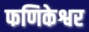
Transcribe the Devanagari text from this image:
फणिकेश्वर